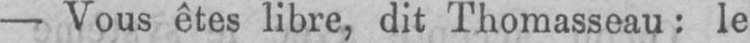
- Vous êtes libre, dit Thomasseau: le